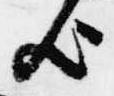
歟